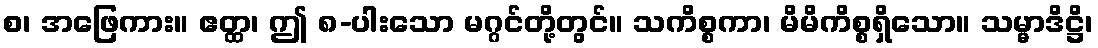
စ၊ အဖြေကား။ ဧတ္ထ၊ ဤ ၈-ပါးသော မဂ္ဂင်တို့တွင်။ သကိစ္စကာ၊ မိမိကိစ္စရှိသော။ သမ္မာဒိဋ္ဌိ၊